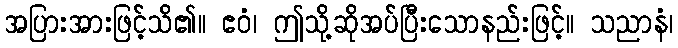
အပြားအားဖြင့်သိ၏။ ဧဝံ၊ ဤသို့ဆိုအပ်ပြီးသောနည်းဖြင့်။ သညာနံ၊